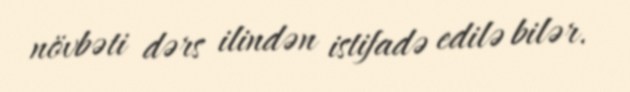
növbəti dərs ilindən istifadə edilə bilər.